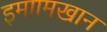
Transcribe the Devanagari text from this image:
इमाामखान